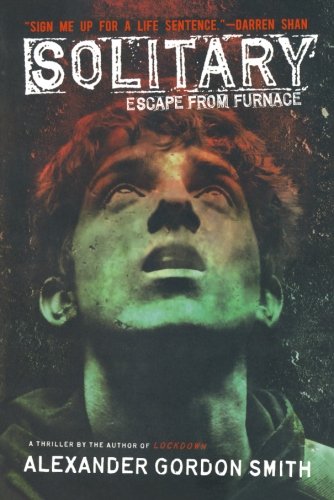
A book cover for Solitary: Escape from Furnace 2; Alexander Gordon Smith; Teen & Young Adult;